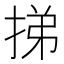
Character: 挮